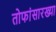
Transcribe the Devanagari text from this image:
तोफांसारख्या